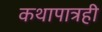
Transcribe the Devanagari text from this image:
कथापात्रही